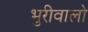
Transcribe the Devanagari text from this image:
भुरीवालो